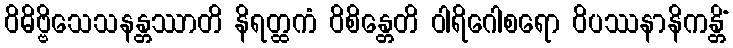
ဝိဓိဗ္ဗိသေသနန္တဿာတိ နိရတ္ထကံ ဝိစိန္တေတိ ဝါရိဂေါစရော ဝိပဿနာနိကန္တိံ